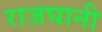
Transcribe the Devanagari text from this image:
राजघानी